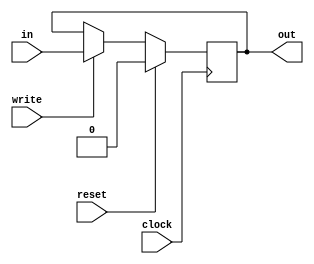
module little_reg_component(clock, in, write, reset, out);

input clock;
input in;
input write;
input reset;

output reg out = 0;


always @(posedge clock)
begin
	if (reset) begin
		out <= 0;
	end else if (write) begin
		out <= in;
	end
end

endmodule